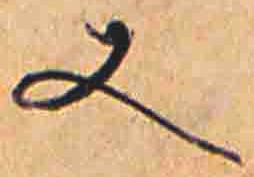
又